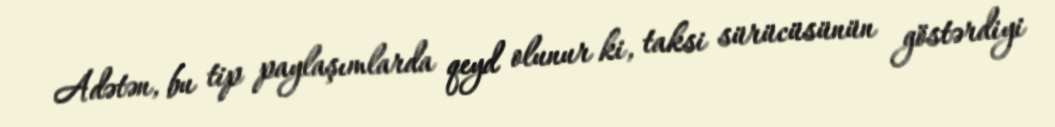
Adətən, bu tip paylaşımlarda qeyd olunur ki, taksi sürücüsünün göstərdiyi